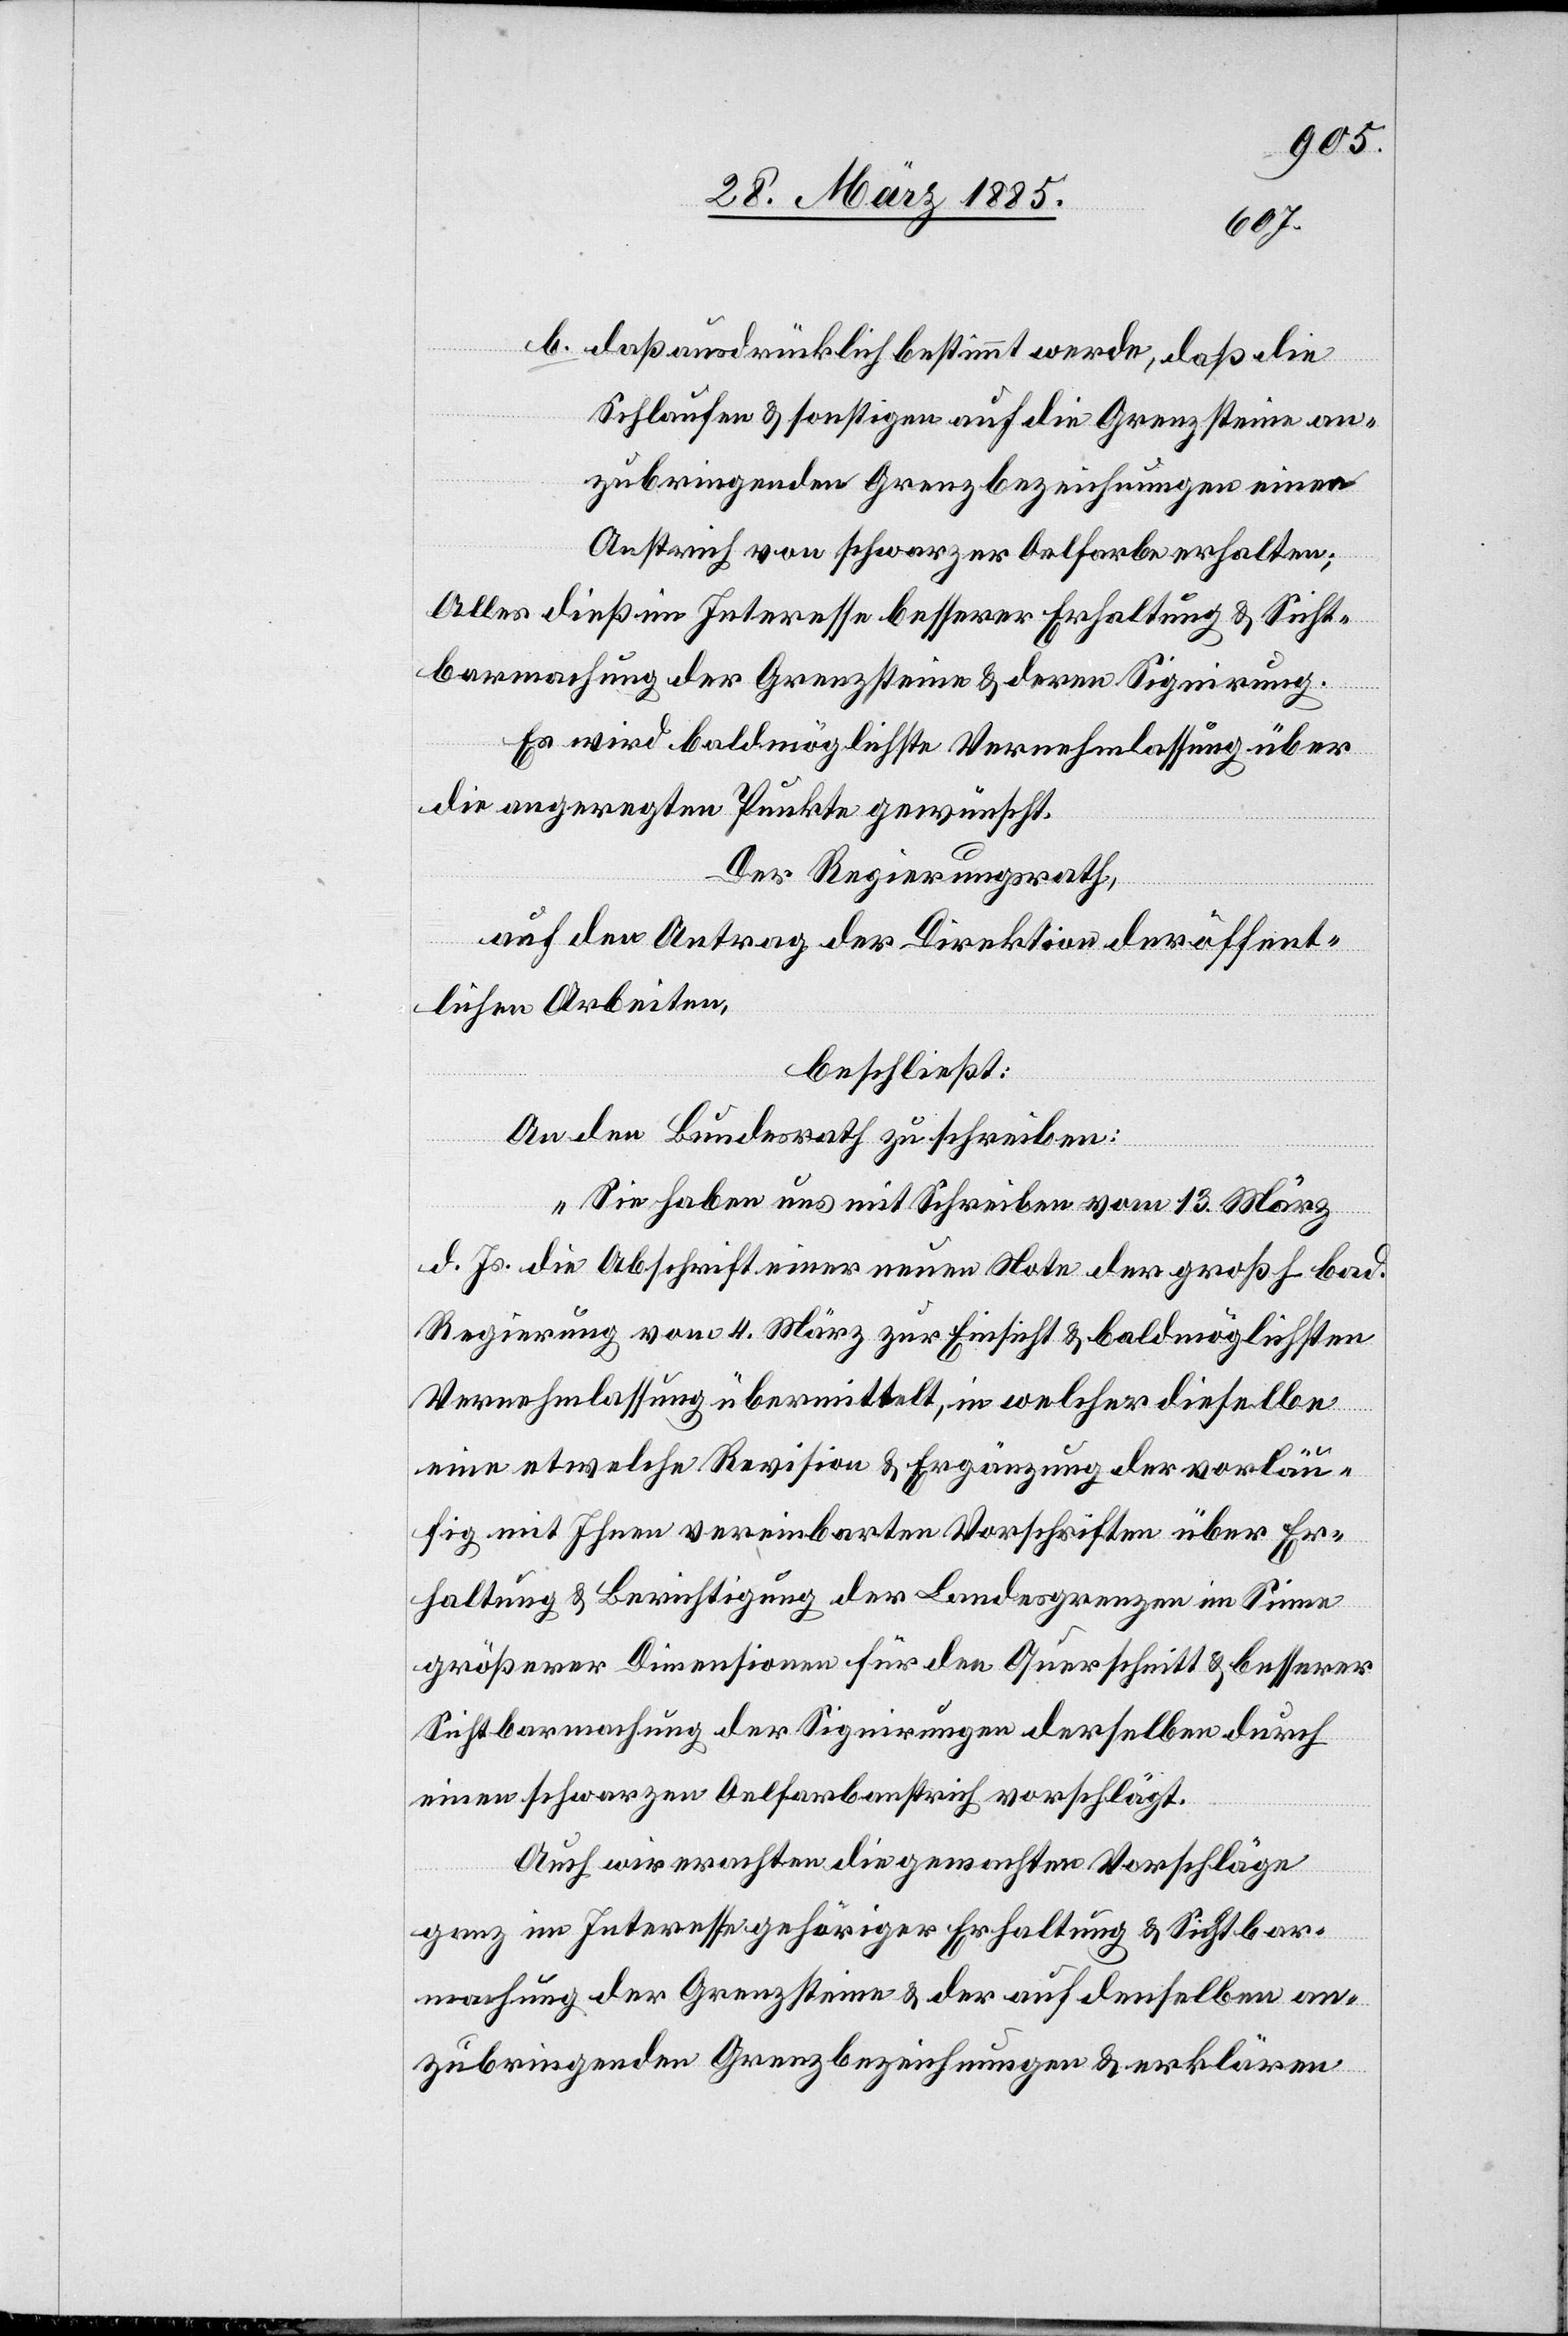
b. daß ausdrücklich bestimmt werde, daß die
Schlaufen & sonstigen auf die Grenzsteine an¬
zubringenden Grenzbezeichnungen einen
Anstrich von schwarzer Oelfarbe erhalten;
Alles dieß im Interesse besserer Erhaltung & Sicht¬
barmachung der Grenzsteine & deren Siguirung.
Es wird baldmöglichste Vernehmlassung über
die angeregten Punkte gewünscht.
Der Regierungsrath,
auf den Antrag der Direktion der öffent¬
lichen Arbeiten,
beschließt:
An den Bundesrath zu schreiben:
„Sie haben uns mit Schreiben vom 13. März
d. Js die Abschrift einer neuen Note der großh. bad.
Regierung vom 4. März zur Einsicht & baldmöglichsten
Vernehmlassung übermittelt, in welcher dieselbe
eine etwelche Revision & Ergänzung der vorläu¬
fig mit Ihnen vereinbarten Vorschriften über Er¬
haltung & Berichtigung der Landesgrenzen im Sinne
größerer Dimensionen für den Querschnitt & besserer
Sichtbarmachung der Siguirungen derselben durch
einen schwarzen Oelfarbenanstrich vorschlägt.
Auch wir erachten die gemachten Vorschläge
ganz im Interesse gehöriger Erhaltung & Sichtbar¬
machung der Grenzsteine & der auf denselben an¬
zubringenden Grenzbezeichnungen & erklären